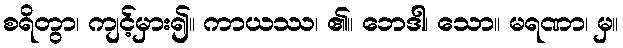
စရိတွာ၊ ကျင့်မှား၍။ ကာယဿ၊ ၏။ ဘေဒါ၊ သော။ မရဏာ၊ မှ။